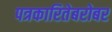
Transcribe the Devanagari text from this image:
पत्रकारितेबरोबर